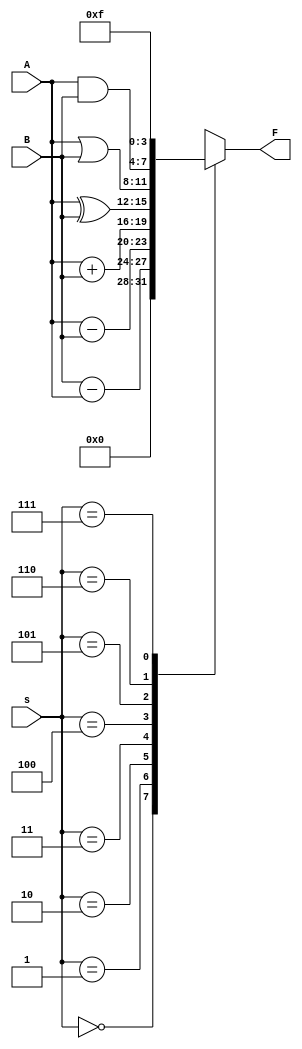
module ALU(s,A,B,F); //74381 ALU
input [2:0]s;
input [3:0]A,B;
output reg [3:0]F;
always @(s or A or B)
case(s)
0:F=0;
1:F=B-A;
2:F=A-B;
3:F=A+B;
4:F=A^B;
5:F=A|B;
6:F=A&B;
7:F=15;
endcase
endmodule